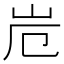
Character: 𭖆